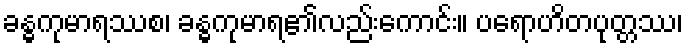
ခန္ဓကုမာရဿစ၊ ခန္ဓကုမာရ၏လည်းကောင်း။ ပရောဟိတပုတ္တဿ၊